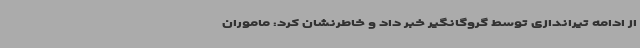
از ادامه تیراندازی توسط گروگانگیر خبر داد و خاطرنشان کرد: ماموران